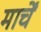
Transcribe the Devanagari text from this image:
मार्चें